Sanitation, dispensaries and jails vaccination Rajputana 1922-1927 - 1922-1927
Year: 1922
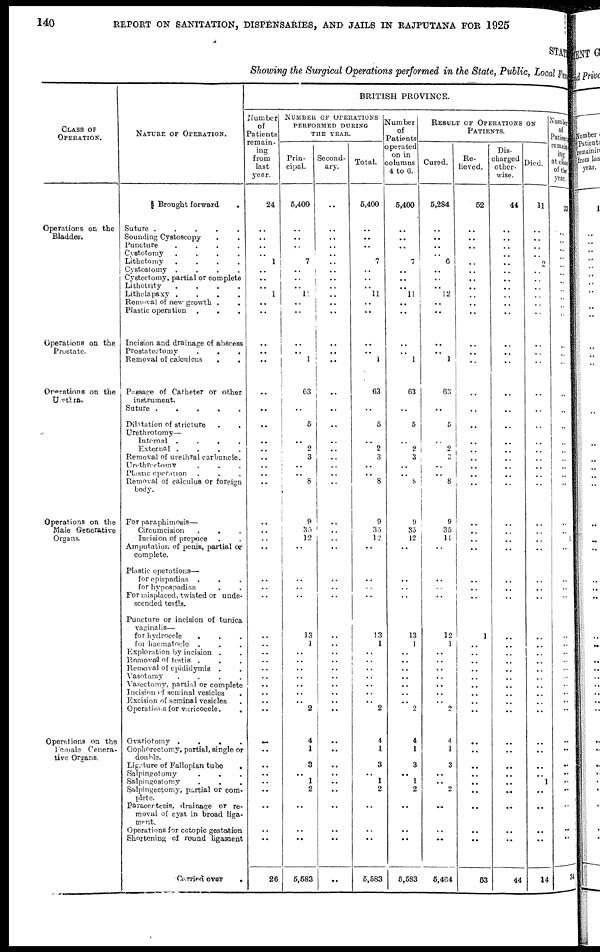
140
REPORT ON SANITATION, DISPENSARIES, AND JAILS IN RAJPUTANA FOR 1925
STATE
Showing the Surgical Operations performed in the State, Public, Local Fund
CLASS OF
OPERATION.
Operations on the
Bladder.
Operations on the
Prostate.
Operations on the
Urethra.
Operations on the
Male Generative
Organs.
Operations on the
Female Genera-
tive Organs.
NATURE OF OPERATION.
Brought forward
.
Suture
.....
Sounding Cystoscopy ..
Puncture
....
Cystotomy
....
Lithotomy
....
Cystostomy
....
Cystectomy, partial or complete
Lithotrity
....
Litholapaxy
....
Removal of new growth ..
Plastic operation
...
Incision and drainage of abscess
Prostatectomy
...
Removal of calculous
..
Passage of Catheter or other
instrument.
Suture
.....
Dilatation of stricture ..
Urethrotomy—
Internal
....
External
....
Removal of urethral carbuncle.
Urethroctomy ...
Plastic operation ...
Removal of calculus or foreign
body.
For paraphimosis—
Circumcision
...
Incision of prepuce ..
Amputation of penis, partial or
complete.
Plastic operations—
for epispadias ...
for hypospadias ..
For misplaced, twisted or unde-
seended testis.
Puncture or incision of tunica
vaginalis—
for hydrocele
...
for haematocle
Exploration by incision ..
Removal of testis ...
Removal of epididymis ..
Vasotomy
....
Vasectomy, partial or complete
Incision of seminal vesicles .
Excision of seminal vesicles
Operations for varicocele..
Ovariotomy
....
Oophorectomy, partial, single or
double.
Ligature of Fallopian tube
.
Salpingotomy ...
Salpingostomy ...
Salpingectomy, partial or com-
plete.
Paracentesis, drainage or re-
moval of cyst in broad liga-
ment.
Operations for ectopic gestation
Shortening of round ligament
Carried over
.
BRITISH PROVINCE.
Number
of
Patients
remain¬
ing
from
last
year.
24
..
..
..
..
1
..
..
..
1
.. ..
..
..
..
..
..
..
..
..
..
..
..
..
..
..
..
..
..
..
..
..
..
..
..
..
..
..
..
..
..
..
..
..
..
..
..
..
..
..
26
NUMBER OF OPERATIONS
PERFORMED DURING
THE YEAR.
Prin-
cipal.
5,400
..
..
..
..
7
..
..
..
11
..
..
..
..
1
63
..
5
..
2
3
..
..
8
9
35
12
..
..
..
..
13
1
..
..
..
..
..
..
..
2
4
1
3
.. 1
2
..
..
..
5,583
Second-
ary.
..
..
..
..
..
..
..
..
..
..
..
..
..
..
..
..
..
..
..
..
..
..
..
..
..
..
..
..
..
..
..
..
..
..
..
..
..
..
..
..
..
..
..
..
..
..
..
..
..
..
..
Total.
5,400
..
..
..
..
7
..
..
.. 11
..
..
..
..
1
63
..
5
..
2
3
..
..
8
9
35
12
..
..
..
..
13
1
..
..
..
..
..
.. ..
2
4
1
3
.. 1
2
..
..
..
5,583
Number
of
Patients
operated
on in
columns
4 to 6.
5,400
..
..
..
..
7
..
..
.. 11
..
..
..
..
1
63
..
5
..
2
3
..
..
8
9
35
12
..
..
..
..
13
1
..
..
..
..
..
.. ..
2
4
1
3
.. 1
2
..
..
..
5,583
RESULT OF OPERATIONS ON
PATIENTS.
Cured.
5,284
..
..
..
..
6
..
..
.. 12
..
..
..
.. 1
63
..
5
..
2
..
..
.. 8
9
35
11
..
..
..
..
12
1
..
..
..
..
..
..
..
2
4
1
3
..
..
2
..
..
..
5,404
Re-
lieved.
52
..
..
..
..
..
..
..
..
..
..
..
..
..
..
..
..
..
..
..
..
..
..
..
..
..
..
..
..
..
..
1
..
..
..
..
..
..
..
..
..
..
..
..
..
..
..
..
..
..
53
Dis-
charged
other-
wise.
44
..
..
..
..
..
..
..
..
..
..
..
..
..
..
..
..
..
..
..
..
..
..
..
..
..
..
..
..
..
..
..
..
..
..
..
..
..
..
..
..
..
..
..
..
..
..
..
..
..
44
Died.
11
..
..
..
..
2
..
..
..
..
..
..
..
..
..
..
..
..
..
..
.. ..
..
..
..
..
..
..
..
..
..
..
..
..
..
..
..
..
..
..
..
..
..
..
..
1
..
..
..
..
14
Number
of
Patients
remain¬
ing
at close
of the
year.
33
..
..
..
..
..
..
..
..
..
..
..
..
..
..
..
..
..
..
..
..
..
..
..
..
..
1
..
..
..
..
..
..
..
..
..
..
..
..
..
..
..
..
..
..
..
..
..
..
..
34